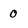
Character: 0